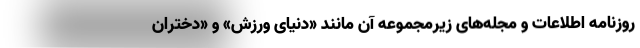
روزنامه اطلاعات و مجله‌های زیرمجموعه آن مانند «دنیای ورزش» و «دختران